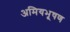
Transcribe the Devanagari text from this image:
अमियभूषण